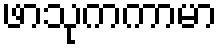
ဖာသုကကာမာ